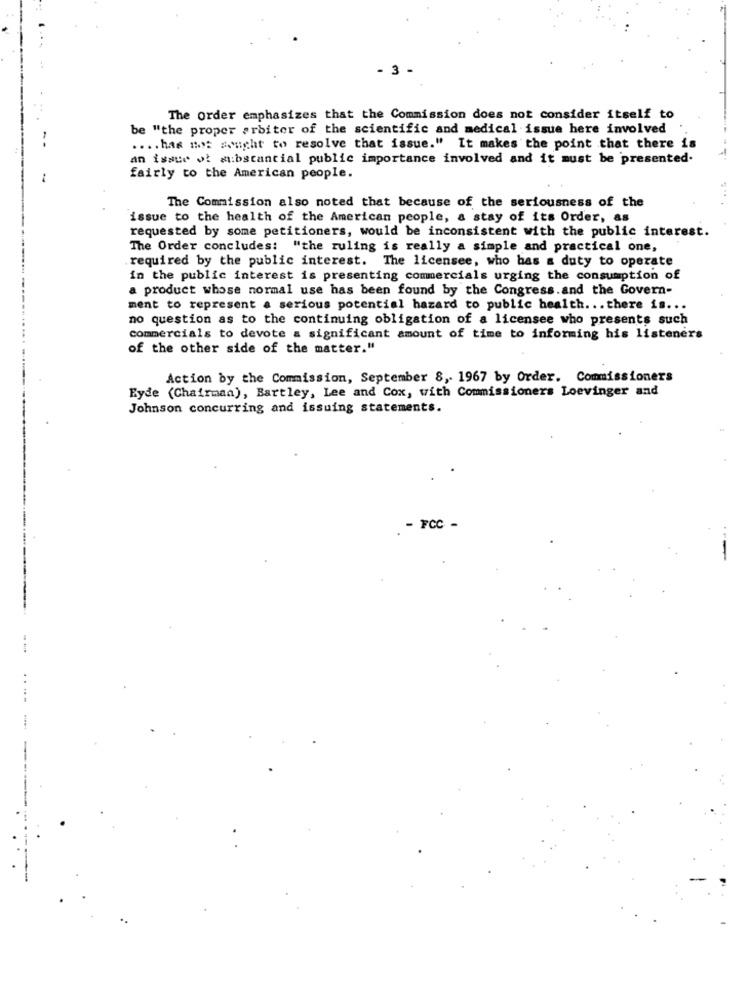
- 3 -
The Order emphasizes that the Commission does not consider itself to
be "the proper arbiter of the scientific and medical issue here involved
.... has not sought to resolve that issue." It makes the point that there is
an issue of substantial public importance involved and it must be presented-
fairly to the American people.
The Commission also noted that because of the seriousness of the
issue to the health of the American people, a stay of its Order, as
requested by some petitioners, would be inconsistent with the public interest.
The Order concludes: "the ruling is really a simple and practical one,
required by the public interest. The licensee, who has a duty to operate
in the public interest is presenting commercials urging the consumption of
a product whose normal use has been found by the Congress.and the Govern-
ment to represent a serious potential hazard to public health ... there is ...
no question as to the continuing obligation of a licensee who presents such
commercials to devote a significant amount of time to informing his listeners
of the other side of the matter."
Action by the Commission, September 8, 1967 by Order. Commissioners
Eyde (Chairman), Bartley, Lee and Cox, with Commissioners Loevinger and
Johnson concurring and issuing statements.
. - FCC -
..